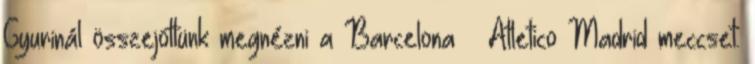
Gyurinál összejöttünk megnézni a Barcelona – Atletico Madrid meccset.